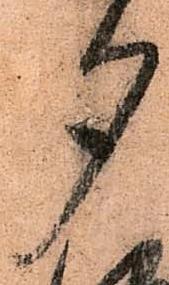
夕